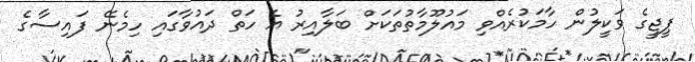
ޕީޖީގެ ވަކީލުން ހާމަކުރެއްވި މައުލޫމާތުތަކަށް ބަލާއިރު އެ ހަތް ދައުވާގައި ހިމެނޭ ފައިސާގެ